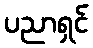
ပညာရှင်